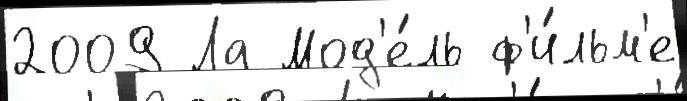
2009 Ла Мод'е́ль ф'и́льм'е